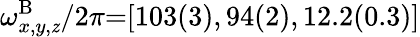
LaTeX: \omega_{x,y,\mathit{z}}^{\mathrm{{B}}}/2\pi{=}[103(3),94(2),12.2(0.3)]